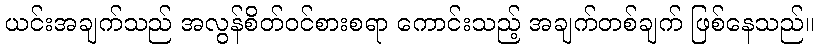
ယင်းအချက်သည် အလွန်စိတ်ဝင်စားစရာ ကောင်းသည့် အချက်တစ်ချက် ဖြစ်နေသည်။